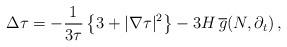
LaTeX: \begin{align*}\Delta \tau = - \frac{1}{3\tau} \left\{ 3 + |\nabla\tau|^2 \right\} - 3 H \, \overline{g}(N, \partial_t) \, ,\end{align*}